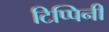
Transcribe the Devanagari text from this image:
टिप्पिनी